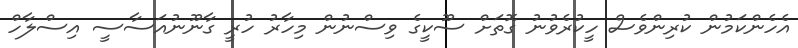
އެހެންކަމުން ކުރިންވެސް ހީކުރެވުނު ގޮތަށް ސޫކީގެ ވިސްނުން މިހާރު ހުރީ ގާނޫނުއަސާސީ އިސްލާހް